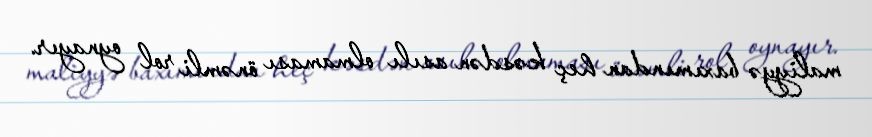
maliyyə baxımından heç kəsdən asılı olmaması önəmli rol oynayır.